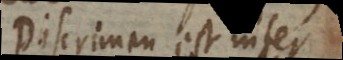
Discrimen est inter